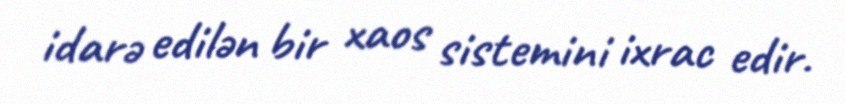
idarə edilən bir xaos sistemini ixrac edir.